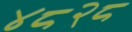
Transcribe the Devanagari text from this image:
४८२८